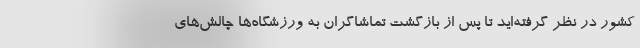
کشور در نظر گرفته‌اید تا پس از بازگشت تماشاگران به ورزشگاه‌ها چالش‌های